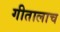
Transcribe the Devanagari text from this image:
गीतालाच